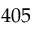
4 0 5